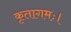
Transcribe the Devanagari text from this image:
कृतागमः।